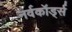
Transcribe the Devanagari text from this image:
नर्वकॉर्ड्स